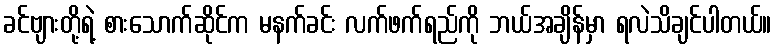
ခင်ဗျားတို့ရဲ့ စားသောက်ဆိုင်က မနက်ခင်း လက်ဖက်ရည်ကို ဘယ်အချိန်မှာ ရလဲသိချင်ပါတယ်။